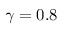
\gamma = 0 . 8